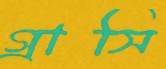
গ্রাসি